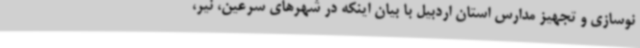
نوسازی و تجهیز مدارس استان اردبیل با بیان اینکه در شهرهای سرعین، نیر،